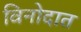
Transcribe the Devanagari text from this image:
विनोदात